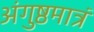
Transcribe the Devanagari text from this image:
अंगुष्ठमात्रं